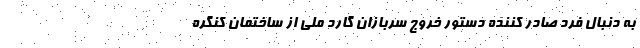
به دنبال فرد صادر کننده دستور خروج سربازان گارد ملی از ساختمان کنگره